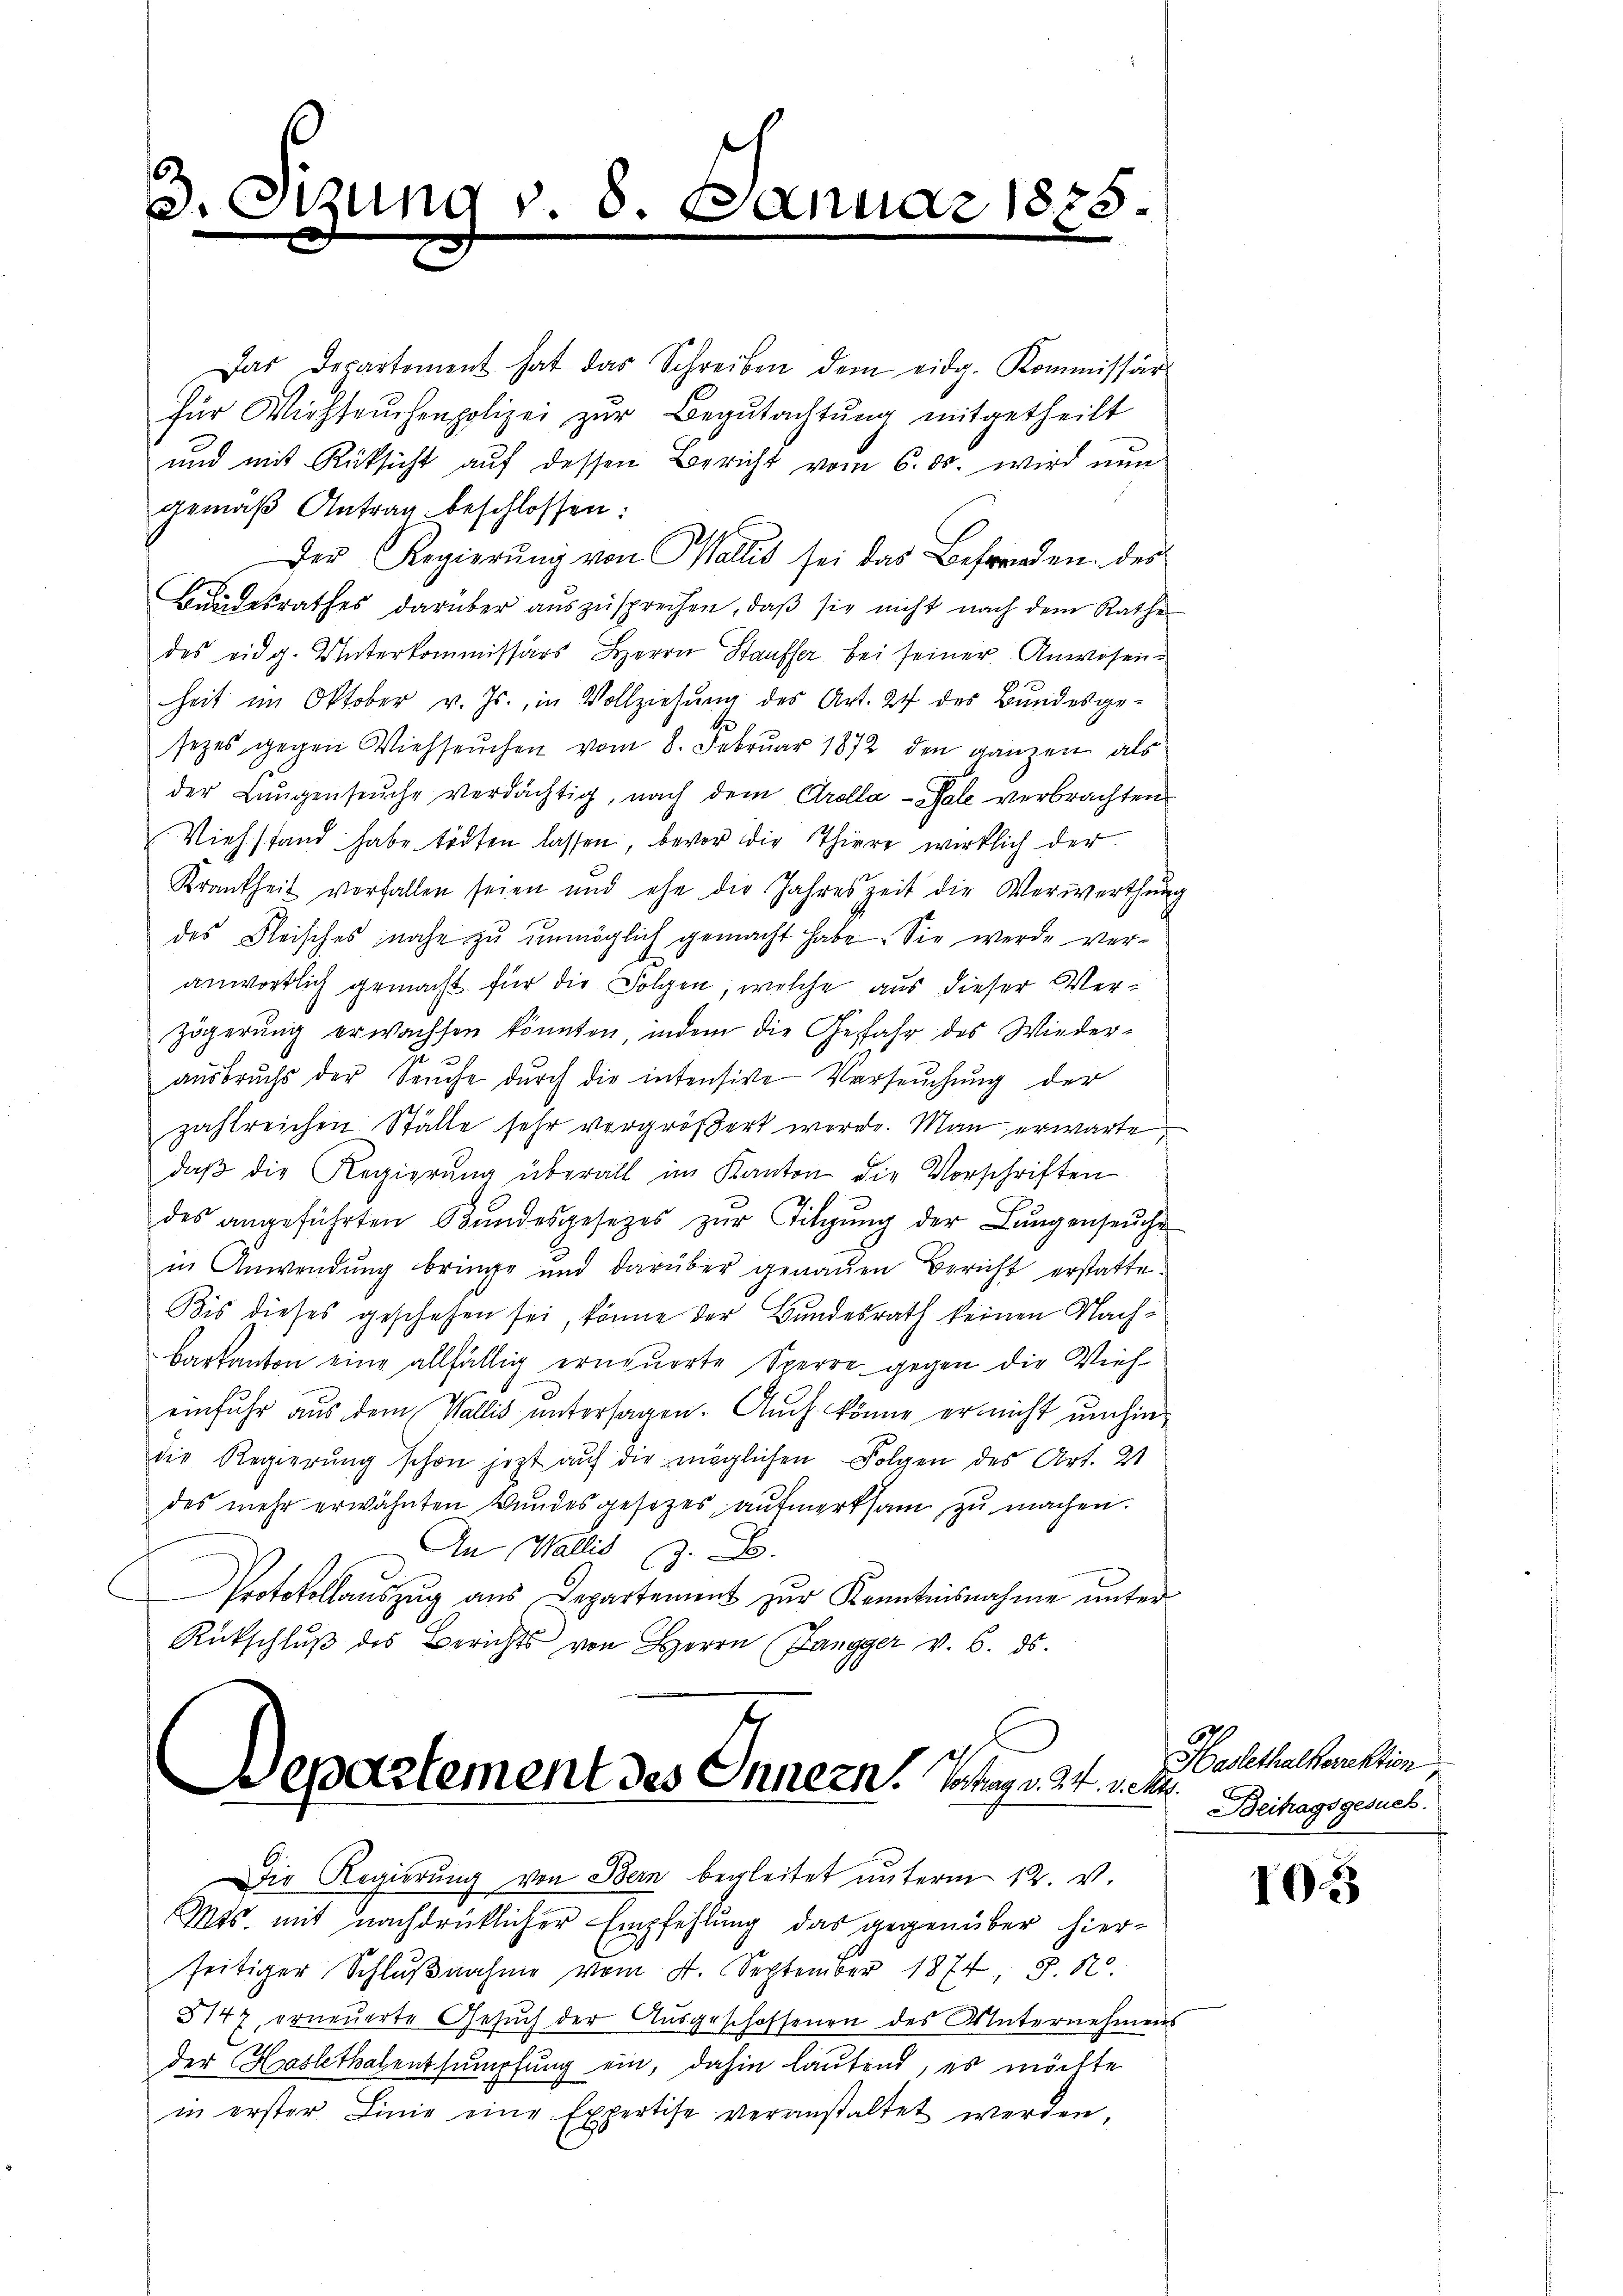
3. zum

v. 8. Januar 1825

Das Departement hat das Schreiben dem eidg. Kommissär
für Viehseuchenpolizei zŭr Begutachtŭng mitgetheilt
und mit Rücksicht auf dessen Bericht vom 6. ds. wird nun
gemäβ Antrag beschlossen:
Der Regierŭng von Wallis sei das Befrenden des
Bundesrathes darüber auszusprechen, daß sie nicht nach dem Rathe
des eidg. Unterkommissärs Herrn Stauffer bei seiner Anwesen.
heit im Oktober v. Js., in Vollziehŭng des Art. 24 des Bundesge-
sezes gegen Viehseuchen vom 8. Februar 1872 den ganzen als
der Lungenseuche verdächtig, nach dem Crolla-Sale verbrachten
Viehstand habe tödten lassen, bevor die Thiere wirklich der
Krankheit verfallen seien und ehe die Jahreszeit die Verwerthung
des Fleisches nahe zu unmöglich gemacht habe. Sie werde veranwortlich gemacht für die Folgen, welche aus dieser Verzögerung erwachsen könnten, indem die Gefahr des Wiederausbruchs der Seuche dŭrch die intensive Versuchung der
zahlreichen Ställe sehr vergrößert werde. Man erwarte
daβ die Regierŭng überall im Kanton die Vorschriften
des angeführten Bŭndesgesetzes zŭr Tilgung der Lungenseuche
in Anwendung bringe und darüber genauen Bericht erstatte.
Bis dieses geschehen sei, könne der Bundesrath keinen Nach¬
Barkanton eine allfällig erneuerte Sperre gegen die Vieheinfuhr aus dem Wallis untersagen. Auch könne er nicht umhindie Regierŭng schon jezt aŭf die möglichen Folgen des Art. 21
des mehr erwähnten Bundesgesetzes aufmerksam zu machen.
An Wallis z. B.
Protokollauszug aus Departement zur Kenntnisnahme unter¬
Rückschlŭβ des Berichts von Herrn (Jangger v. 6. ds.

Departement des Innern. Tag 24. Let

Die Regierŭng von Bern begleitet unterm 12. v.
Mas mit nachdrücklicher Empfehlung das gegenüber hier-
seitiger Schlußnahme vom 4. September 1874 S.1
3147, erneuerte Gesuch der Ausgeschossenen des Unternehmens
der Hasltkalentsumpfung ein, dahin lautend, es möchte
in erster Linie eine Expertise veranstaltet werden,

Halethalterektion
Beitragsgesuch.

1033